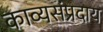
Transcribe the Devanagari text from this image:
काव्यसंप्रदाय